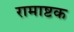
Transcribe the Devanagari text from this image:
रामाष्टक